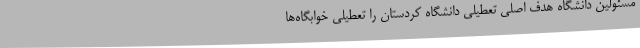
مسئولین دانشگاه هدف اصلی تعطیلی دانشگاه کردستان را تعطیلی خوابگاه‌ها